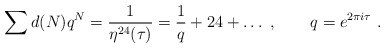
\begin{align*} \sum d(N) q^N = \frac{1}{\eta^{24}(\tau)} =\frac{1}{q}+24 + \dots\ ,\qquad q=e^{2\pi i \tau}\ .\end{align*}